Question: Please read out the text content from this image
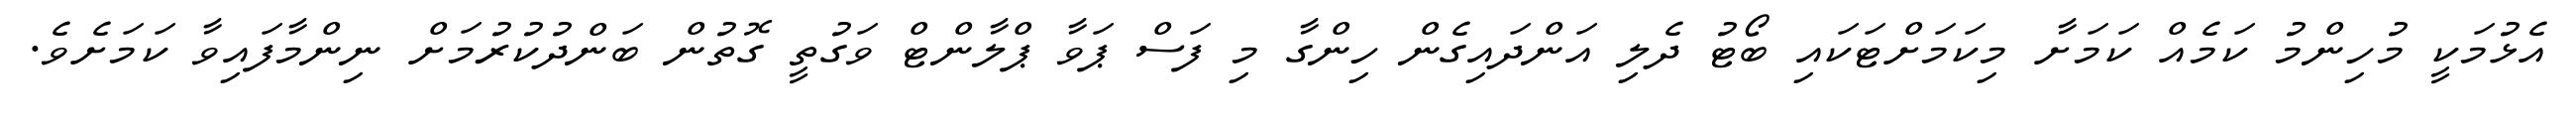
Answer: އެޅުމަކީ މުހިންމު ކަމެއް ކަމަށާ މިކަމަށްޓަކައި ބޯޓު ދެލި އަންދައިގެން ހިންގާ މި ފަސް ޕަވާ ޕްލާންޓް ވަގުތީ ގޮތުން ބަންދުކުރުމަށް ނިންމާފައިވާ ކަމަށެވެ.